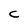
Character: C